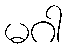
မဂါ